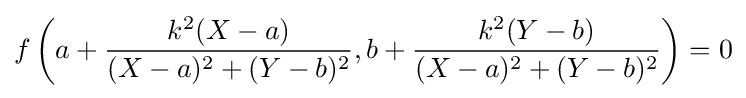
f\left(a+{\frac {k^{2}(X-a)}{(X-a)^{2}+(Y-b)^{2}}},b+{\frac {k^{2}(Y-b)}{(X-a)^{2}+(Y-b)^{2}}}\right)=0